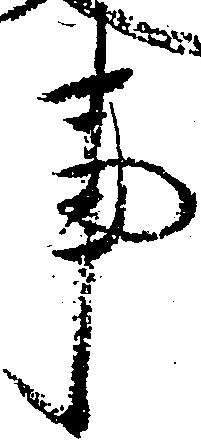
事